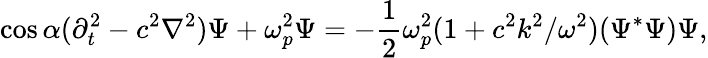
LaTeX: \cos\alpha(\partial_{t}^{2}-c^{2}\nabla^{2})\Psi+\omega_{p}^{2}\Psi=-\frac 12\omega_{p}^{2}(1+c^{2}k^{2}/\omega^{2})(\Psi^{*}\Psi)\Psi,